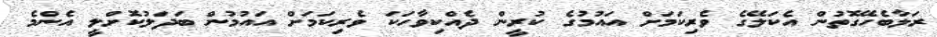
ރަލާބެހޭގޮތުން އެކަލޭގެ ވެރިކަމަށް އައުމުގެ ކުރީން ދެއްކިވާހަކަ ވެރިކަމަށް އައުމުން ބަދަލުކޮށްލީ އެންމެ